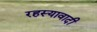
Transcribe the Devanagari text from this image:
रहस्यावादी